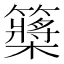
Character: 𥷃